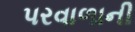
પરવાળાની